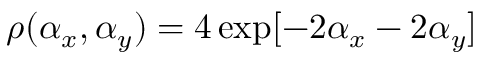
\rho ( \alpha _ { x } , \alpha _ { y } ) = 4 \exp [ - 2 \alpha _ { x } - 2 \alpha _ { y } ]